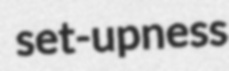
set-upness